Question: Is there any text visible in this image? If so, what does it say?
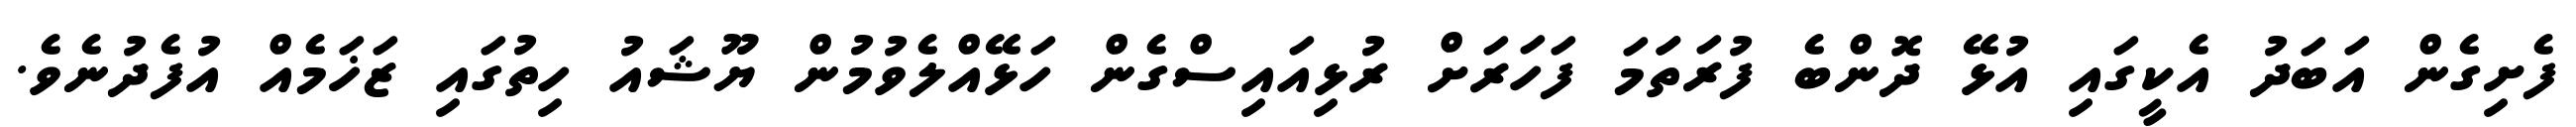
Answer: ފެށިގެން އަބަދު އެކީގައި އުޅޭ ދޮންބެ ފުރަތަަމަ ފަހަރަށް ރުޅިއައިސްގެން ހަޅޭއްލެވުމުން ޔޫޝައު ހިތުގައި ޒަޚަމެއް އުފެދުނެވެ.